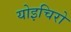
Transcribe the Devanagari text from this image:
योइचिरो